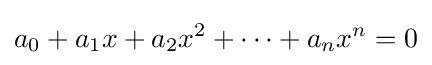
a_{0}+a_{1}x+a_{2}x^{2}+\cdots +a_{n}x^{n}=0